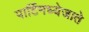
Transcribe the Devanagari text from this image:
पार्टिमध्येजाते